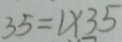
3 5 = 1 \times 3 5